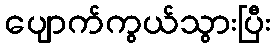
ပျောက်ကွယ်သွားပြီး